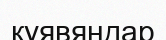
куявяндар